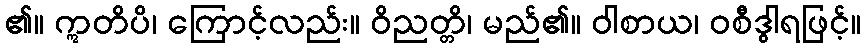
၏။ ဣတိပိ၊ ကြောင့်လည်း။ ဝိညတ္တိ၊ မည်၏။ ဝါစာယ၊ ဝစီဒွါရဖြင့်။